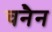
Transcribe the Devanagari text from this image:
चनैन